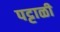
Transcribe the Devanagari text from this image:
पट्टाळी